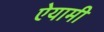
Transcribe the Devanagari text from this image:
ऐयामी